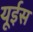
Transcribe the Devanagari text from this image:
यूईस